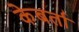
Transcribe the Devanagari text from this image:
केबर्ता